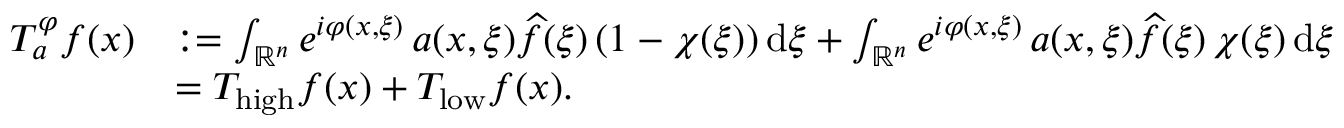
\begin{array} { r l } { T _ { a } ^ { \varphi } f ( x ) } & { : = \int _ { \mathbb { R } ^ { n } } e ^ { i \varphi ( x , \xi ) } \, a ( x , \xi ) \widehat { f } ( \xi ) \, ( 1 - \chi ( \xi ) ) \, \mathrm { d } \xi + \int _ { \mathbb { R } ^ { n } } e ^ { i \varphi ( x , \xi ) } \, a ( x , \xi ) \widehat { f } ( \xi ) \, \chi ( \xi ) \, \mathrm { d } \xi } \\ & { = T _ { \mathrm { h i g h } } f ( x ) + T _ { \mathrm { l o w } } f ( x ) . } \end{array}